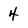
Character: 4